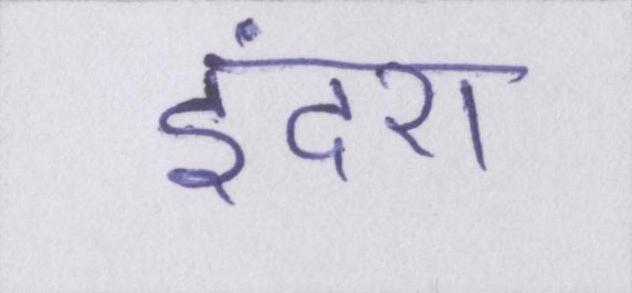
इंदरा